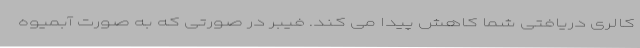
کالری دریافتی شما کاهش پیدا می کند. فیبر در صورتی که به صورت آبمیوه